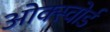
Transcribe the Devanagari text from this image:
ओक्स्वोर्ड